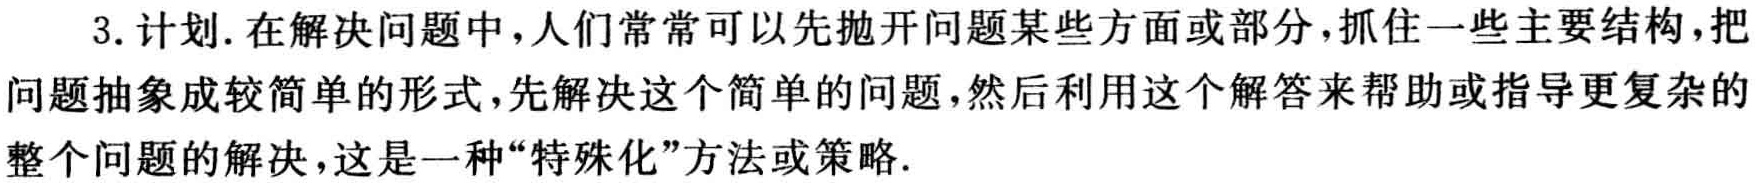
3. 计划. 在解决问题中, 人们常常可以先抛开问题某些方面或部分, 抓住一些主要结构, 把问题抽象成较简单的形式, 先解决这个简单的问题, 然后利用这个解答来帮助或指导更复杂的整个问题的解决, 这是一种“特殊化”方法或策略.